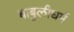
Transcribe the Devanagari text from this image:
बाबुलीधर्म